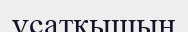
ұсатқышын